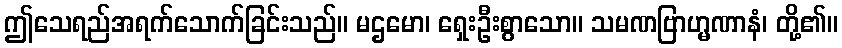
ဤသေရည်အရက်သောက်ခြင်းသည်။ မဌမော၊ ရှေးဦးစွာသော။ သမဏဗြာဟ္မဏာနံ၊ တို့၏။